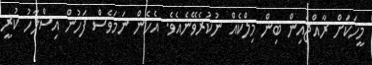
މީހަކަށް ރާއްޖެއިން ބިން މިލްކެއް ނުކުރެވޭނެއެވެ. އެހެން ނަމަވެސް ފަހުން އިސްލާހު ކުރީ